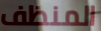
المنظف